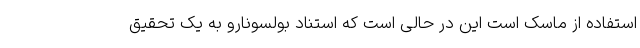
استفاده از ماسک است این در حالی است که استناد بولسونارو به یک تحقیق